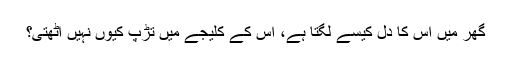
گھر میں اس کا دل کیسے لگتا ہے، اس کے کلیجے میں تڑپ کیوں نہیں اٹھتی؟